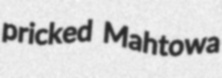
pricked Mahtowa